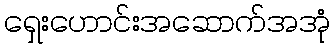
ရှေးဟောင်းအဆောက်အအုံ